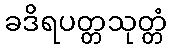
ခဒိရပတ္တသုတ္တံ